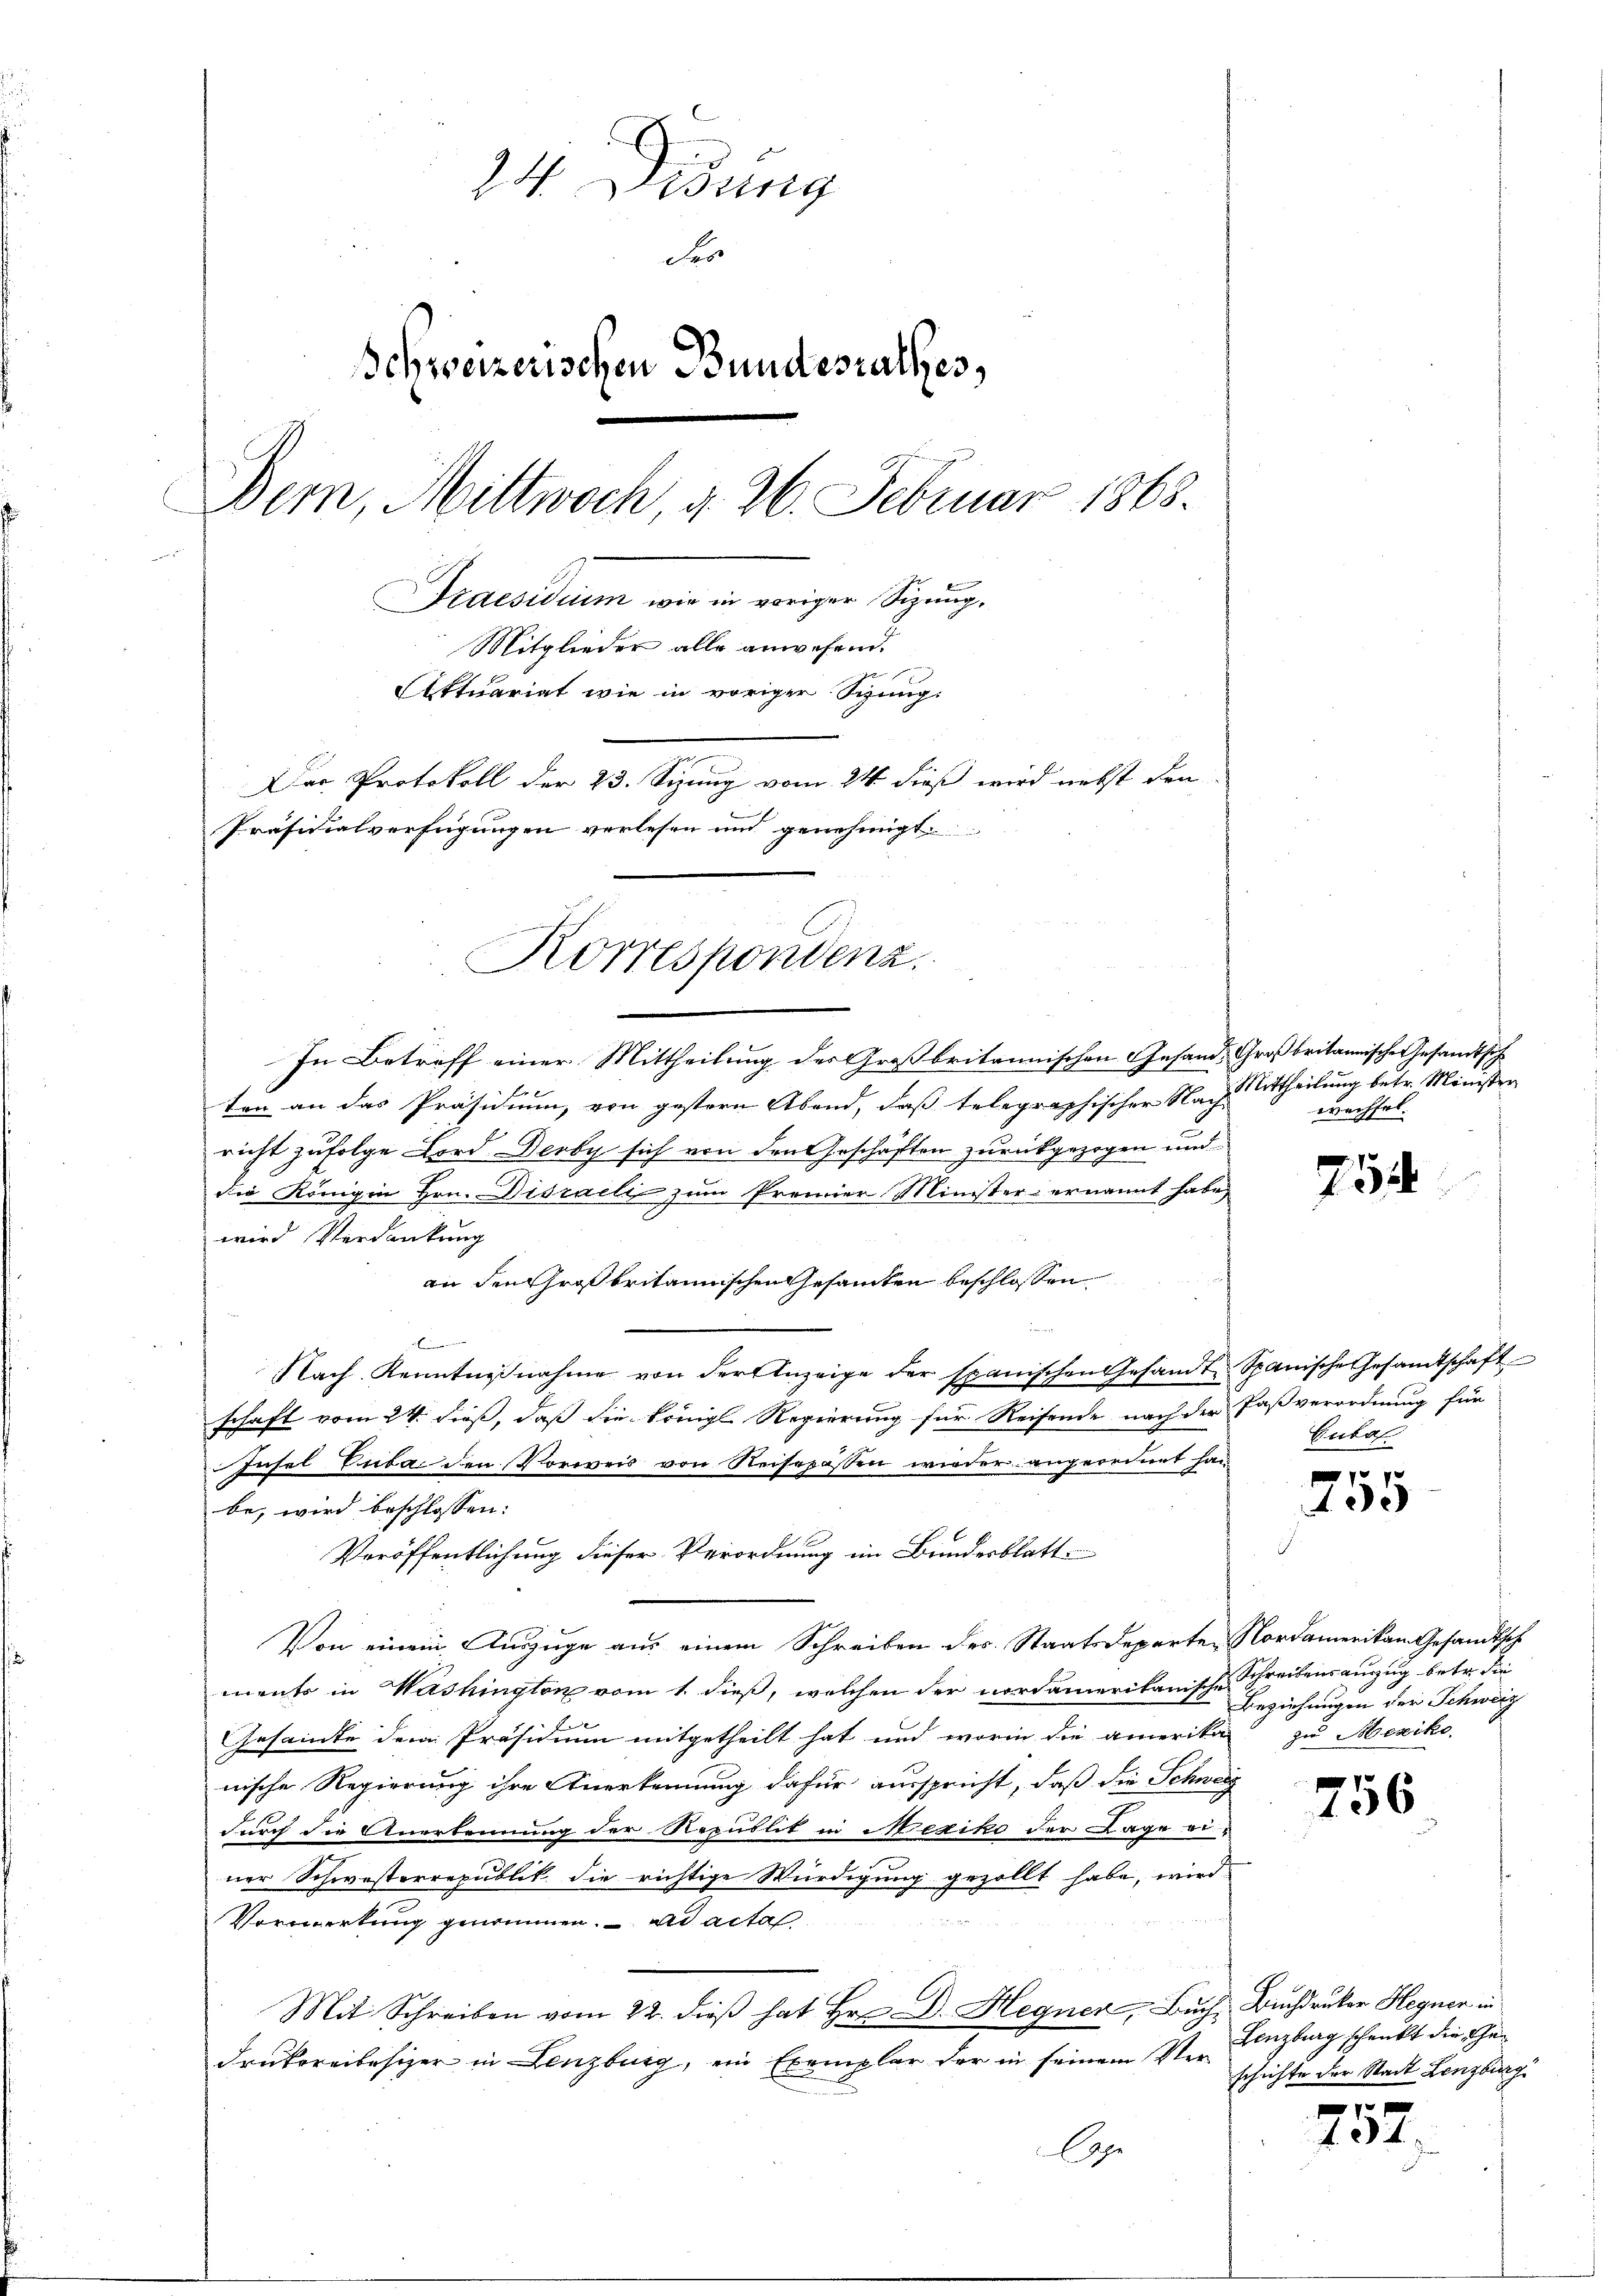
24. Disung
des
Schweizerischen Bundesrathes,
Bern, Mittwoch, d. 2. Februar 1865.
Praesiduum wie in voriger Signung.
Mitglieder alle anwesend.
Attuariat wie in voriger Syung:
Das Protokoll der 23. Sizung vom 24. dieß wird nebst den
Präsidialverfügungen verlesen und genehmigt.

Korrespondenz.

In Betreff einer Mittheilung des Großbritannischen Gesand: Großbritannische Gesandtsch
ten an das Präsidium, von gestern Abend, daß telegraphischer Nach Mittheilung betr. Minister
richt zufolge Bord Derby sich von den Geschäften zurückgezogen und
die Königin Hrn. Disraeli zum Premier Minister ernannt habe,
wird Verdankung
an den Großbritannischen Gesamten beschlossen
 Be
Nach Kenntnisnahme von der Anzeige der spanischen Gesandt Spanische Gesandtschaft
schaft vom 24. dieß, daß die königl Regierung für Reisende nach der Paßverordnung für
Insel Guba den Vorweis von Reisepässen wieder angeordnet han
be, wird beschlossen:
Veröffentlichung dieser Verordnung im Bundesblatt
Von einem Auszüge aus einem Schreiben des Staatsdeparten Nordamerikan Gesandtsch
ments in Washington vom 1. dieß, welchen der nordamerikanische Schreibensauszug betr. die
Gesamte dem Präsidium mitgetheilt hat und worin die amerika-
nische Regierung ihre Anerkennung dafür ausspricht, daß die Schweiz
durch die Anerkennung der Republit in Mexiko der Lage einer Schwisterrepublik die richtige Würdigung gezollt habe, wird
Vormerkung genommen. ad acta
Mit Schreiben vom 22. dieß hat Hr. Dr. Hegner, Buch, Buchdruker Hegner in
drukereibesizer in Lenzburg, ein Exemplar der in seinem Ver¬
Ap

wechsel.

754

Guta

10 x
400

Beziehungen der Schweiz
zu Mexiko

256

Lenzburg schenkt die Geschichte der Stadt Lenzburg

757.